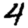
Digit: 4